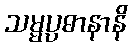
သမ္မပ္ပဓာနာနိ